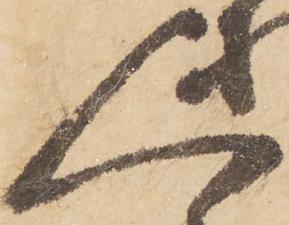
人